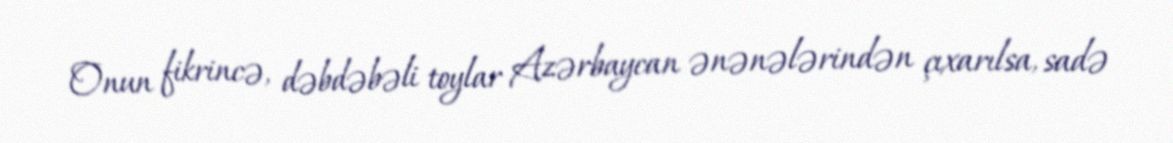
Onun fikrincə, dəbdəbəli toylar Azərbaycan ənənələrindən çıxarılsa, sadə